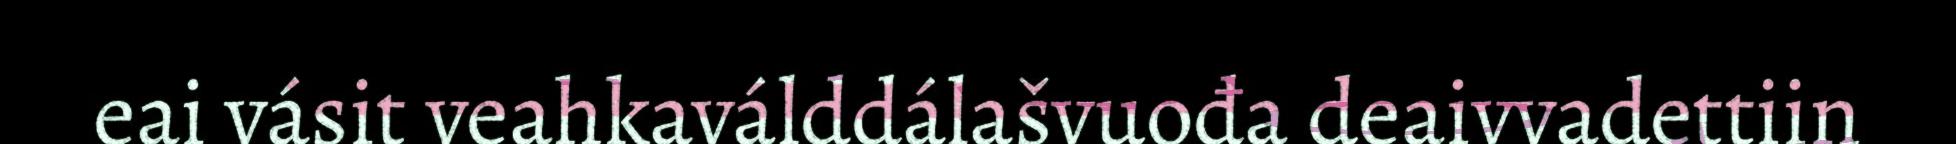
eai vásit veahkaválddálašvuođa deaivvadettiin